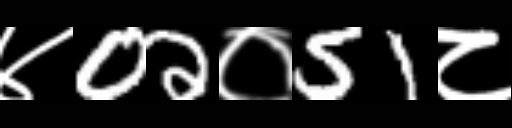
Text: ४02०51८